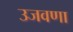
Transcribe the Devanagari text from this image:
उजवणा